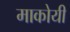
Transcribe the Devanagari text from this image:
माकोयी